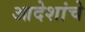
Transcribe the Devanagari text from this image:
आदेशांचे